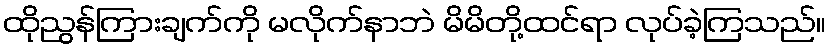
ထိုညွန်ကြားချက်ကို မလိုက်နာဘဲ မိမိတို့ထင်ရာ လုပ်ခဲ့ကြသည်။